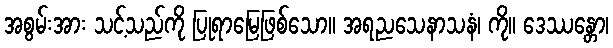
အစွမ်းအား သင့်သည်ကို ပြုရာမြေဖြစ်သော။ အရညသေနာသနံ၊ ကို။ ဒေဿန္တော၊